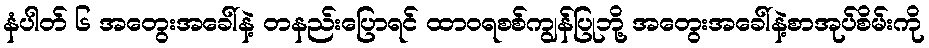
နံပါတ် ၆ အတွေးအခေါ်နဲ့ တနည်းပြောရင် ထာဝရစစ်ကျွန်ပြုဘို့ အတွေးအခေါ်နဲ့စာအုပ်စိမ်းကို